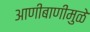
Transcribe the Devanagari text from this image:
आणीबाणीमुळे